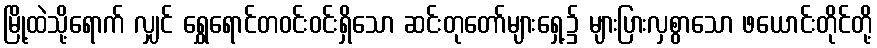
မြို့ထဲသို့ရောက် လျှင် ရွှေရောင်တဝင်းဝင်းရှိသော ဆင်းတုတော်များရှေ့၌ များပြားလှစွာသော ဖယောင်းတိုင်တို့